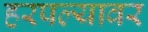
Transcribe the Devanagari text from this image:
हरपल्यावर